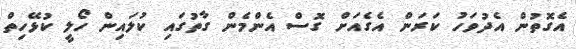
އެގޮތުން އެދުވަހު ކަރަން އެގެއަށް ގޮސް އެންމެން ގާތުގައި ކުލައިން ހޯލީ ކުޅޭހިތް